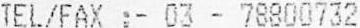
TEL/FAX :- 03 - 78800732